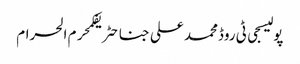
پولیسجی ٹی روڈمحمد علی جناحٹریفکمحرم الحرام